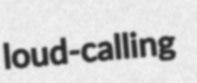
loud-calling